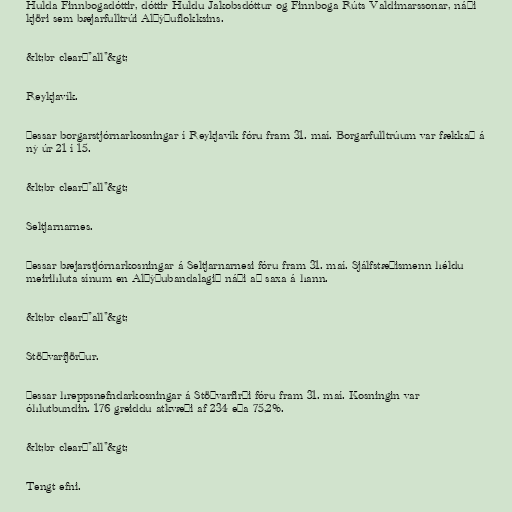
Hulda Finnbogadóttir, dóttir Huldu Jakobsdóttur og Finnboga Rúts Valdimarssonar, náði
kjöri sem bæjarfulltrúi Alþýðuflokksins.

&lt;br clear="all"&gt;

Reykjavík.

Þessar borgarstjórnarkosningar í Reykjavík fóru fram 31. maí. Borgarfulltrúum var fækkað á
ný úr 21 í 15.

&lt;br clear="all"&gt;

Seltjarnarnes.

Þessar bæjarstjórnarkosningar á Seltjarnarnesi fóru fram 31. maí. Sjálfstæðismenn héldu
meirihluta sínum en Alþýðubandalagið náði að saxa á hann.

&lt;br clear="all"&gt;

Stöðvarfjörður.

Þessar hreppsnefndarkosningar á Stöðvarfirði fóru fram 31. maí. Kosningin var
óhlutbundin. 176 greiddu atkvæði af 234 eða 75,2%.

&lt;br clear="all"&gt;

Tengt efni.